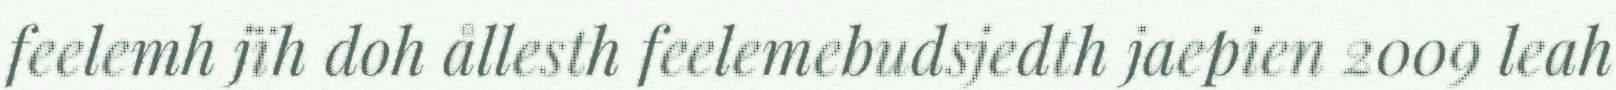
feelemh jïh doh ållesth feelemebudsjedth jaepien 2009 leah